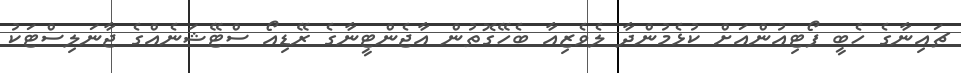
ޗައިނާގެ ހެބީ ފޯޓިއުންއަށް ކުޅެމުންދާ ލެވެޒިއާ ބެހޭގޮތުން އާޖެންޓީނާގެ ރޭޑިއޯ ސްޓޭޝަނެއްގެ ޖާނަލިސްޓަކު